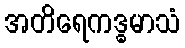
အတိရေကဒ္ဓမာသံ